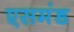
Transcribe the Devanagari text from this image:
एसमंड